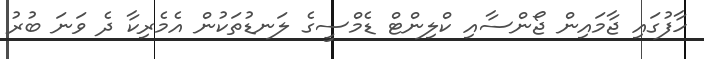
ހާފުގައި ޖާމައިން ޖޯންސާއި ކްލިންޓް ޑެމްސީގެ ލަނޑުތަކުން އެމެރިކާ ދެ ވަނަ ބުރު